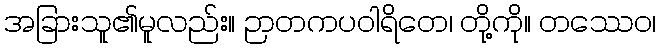
အခြားသူ၏မူလည်း။ ဉာတကပဝါရိတေ၊ တို့ကို။ တဿေဝ၊